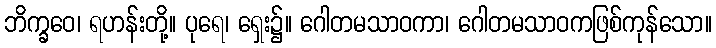
ဘိက္ခဝေ၊ ရဟန်းတို့။ ပုရေ၊ ရှေး၌။ ဂေါတမသာဝကာ၊ ဂေါတမသာဝကဖြစ်ကုန်သော။